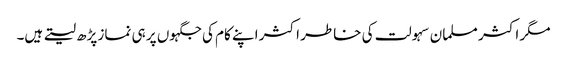
مگر اکثر مسلما ن سہولت کی خاطر اکثر اپنے کام کی جگہوں پر ہی نماز پڑھ لیتے ہیں۔